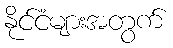
နိုင်ငံများအတွက်